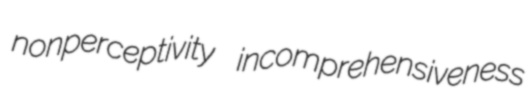
nonperceptivity incomprehensiveness